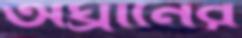
অঘ্রানের